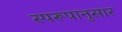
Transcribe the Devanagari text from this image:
स्परूपानुसार